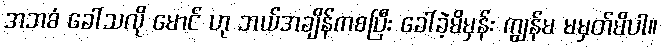
အဘစံ ခေါ်သလို မောင် ဟု ဘယ်အချိန်ကစပြီး ခေါ်ခဲ့မိမှန်း ကျွန်မ မမှတ်မိပါ။